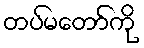
တပ်မတော်ကို